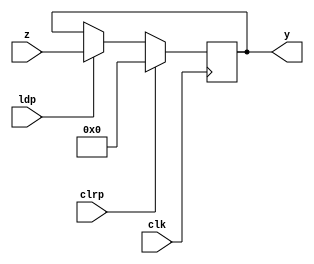
module PIPO2(y, clk, ldp, clrp, z);
    input clk, ldp, clrp; 
    input [15:0] z;
    output reg [15:0]y;
    always @(posedge clk)
        begin
            if(clrp) y<= 16'b0;
            else if(ldp) y<= z;
        end     
endmodule